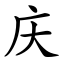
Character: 庆